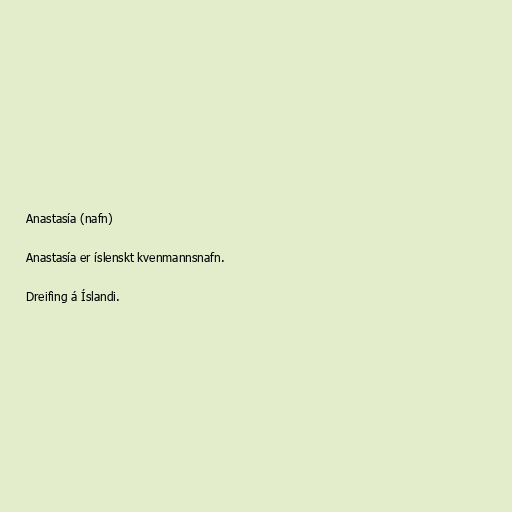
Anastasía (nafn)

Anastasía er íslenskt kvenmannsnafn.

Dreifing á Íslandi.